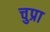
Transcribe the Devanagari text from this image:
चुप्रा